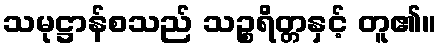
သမုဋ္ဌာန်စသည် သဉ္စရိတ္တနှင့် တူ၏။